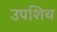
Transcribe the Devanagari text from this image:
उपशिथ